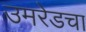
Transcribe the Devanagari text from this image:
उमरेडचा